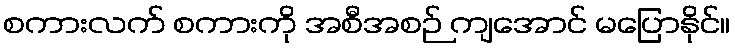
စကားလက် စကားကို အစီအစဉ် ကျအောင် မပြောနိုင်။